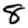
Digit: 8